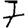
Digit: 7